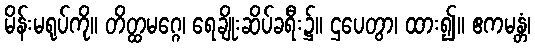
မိန်းမရုပ်ကို။ တိတ္ထမဂ္ဂေ၊ ရေချိုးဆိပ်ခရီး၌။ ဌပေတွာ၊ ထား၍။ ဧကမန္တံ၊